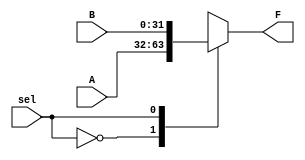
`timescale 1ns / 1ps

module mux_by_2(F, sel, A, B);
    parameter N = 32;
    
    input               sel;
    input   [N-1 : 0]   A,  B;
    output  [N-1 : 0]   F; 
    
    reg     [N-1 : 0]   F;

    initial begin
        F = 0;
    end
    
    always @ (A, B, sel) begin
        case (sel)
            1'b0 : F = A;
            1'b1 : F = B;
            default : F = 0;
        endcase
    end
endmodule